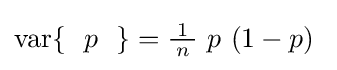
\operatorname {var} \{~~p~~\}={\tfrac {1}{\!\ n\!\ }}\ p\ (1-p)~